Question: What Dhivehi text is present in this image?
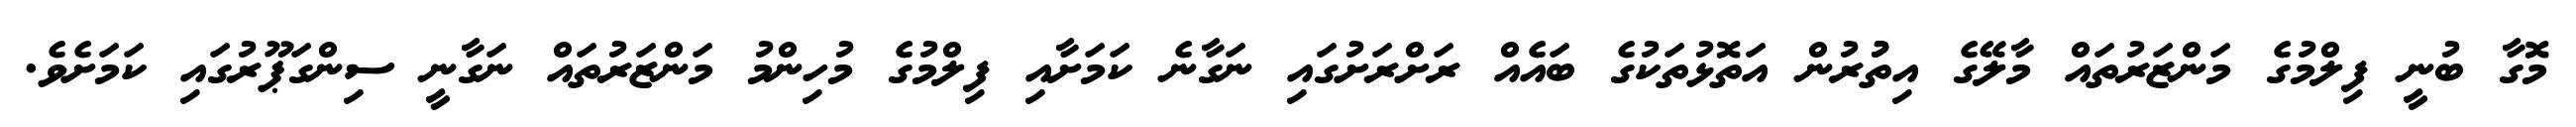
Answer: މޮގާ ބުނީ ފިލްމުގެ މަންޒަރުތައް މާލޭގެ އިތުުރުން އަތޮޅުތަކުގެ ބައެއް ރަށްރަށުގައި ނަގާނެ ކަމަށާއި ފިލްމުގެ މުހިންމު މަންޒަރުތައް ނަގާނީ ސިންގަޕޫރުގައި ކަމަށެވެ.